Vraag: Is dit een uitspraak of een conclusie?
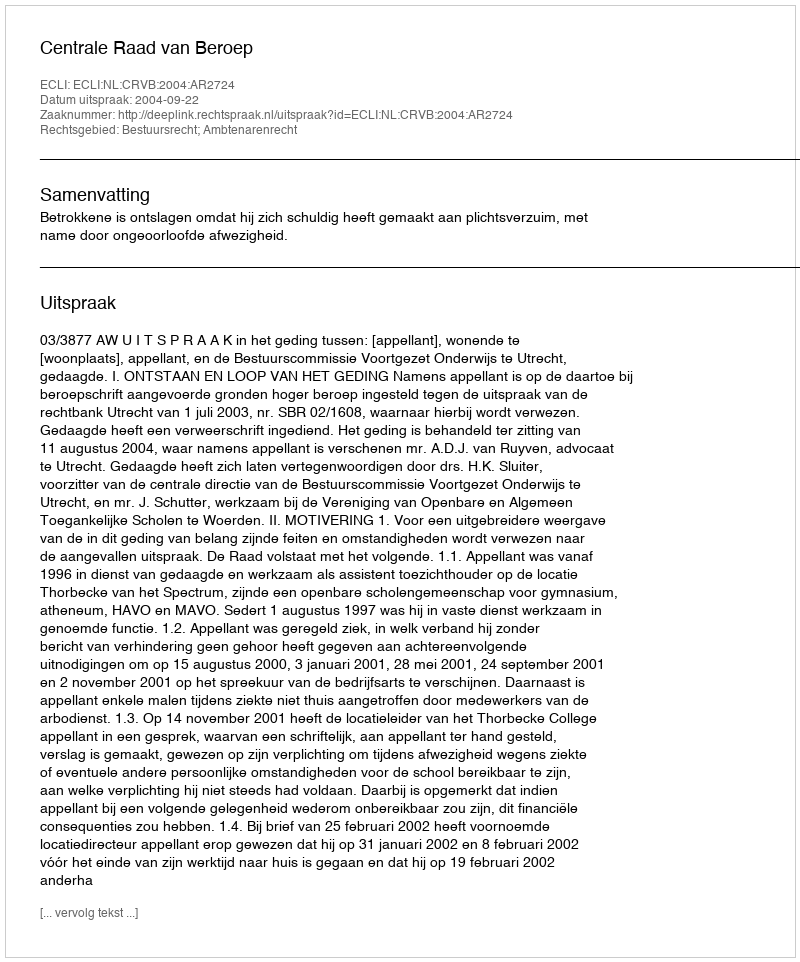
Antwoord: Uitspraak